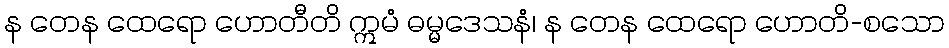
န တေန ထေရော ဟောတီတိ ဣမံ ဓမ္မဒေသနံ၊ န တေန ထေရော ဟောတိ-စသော